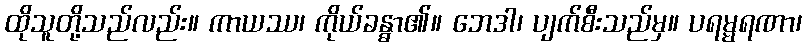
ထိုသူတို့သည်လည်း။ ကာယဿ၊ ကိုယ်ခန္ဓာ၏။ ဘေဒါ၊ ပျက်စီးသည်မှ။ ပရမ္မရဏာ၊